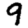
Digit: 9